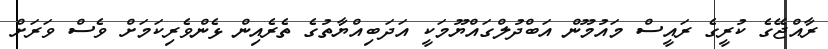
ރާއްޖޭގެ ކުރީގެ ރައީސް މައުމޫން އަބްދުލްގައްޔޫމަކީ އަދަބިއްޔާތުގެ ތެރެއިން ޅެންވެރިކަމަށް ވެސް ވަރަށް